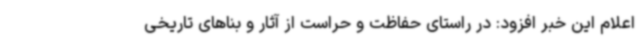
اعلام این خبر افزود: در راستای حفاظت و حراست از آثار و بناهای تاریخی